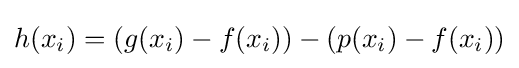
h(x_{i})=(g(x_{i})-f(x_{i}))-(p(x_{i})-f(x_{i}))